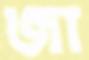
জা